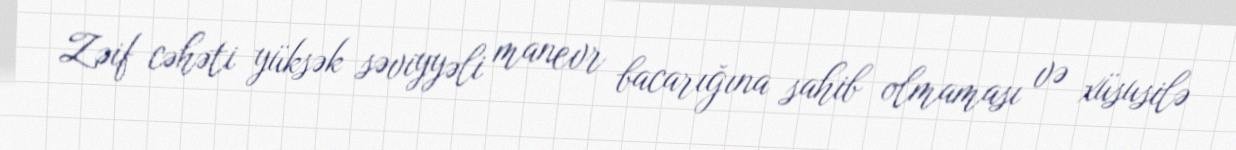
Zəif cəhəti yüksək səviyyəli manevr bacarığına sahib olmaması və xüsusilə